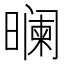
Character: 𬁘